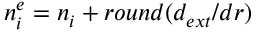
n _ { i } ^ { e } = n _ { i } + r o u n d ( d _ { e x t } / d r )